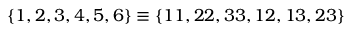
\{ 1 , 2 , 3 , 4 , 5 , 6 \} \equiv \{ 1 1 , 2 2 , 3 3 , 1 2 , 1 3 , 2 3 \}